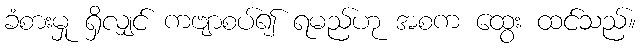
ခံစားမှု ရှိလျှင် ကဗျာစပ်၍ ရမည်ဟု အစက ထွေး ထင်သည်။